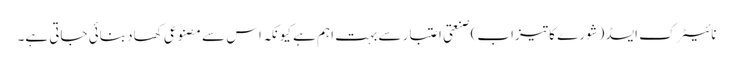
نائیٹرک ایسڈ (شورے کا تیزاب) صنعتی اعتبار سے بہت اہم ہے کیونکہ اس سے مصنوعی کھاد بنائی جاتی ہے۔